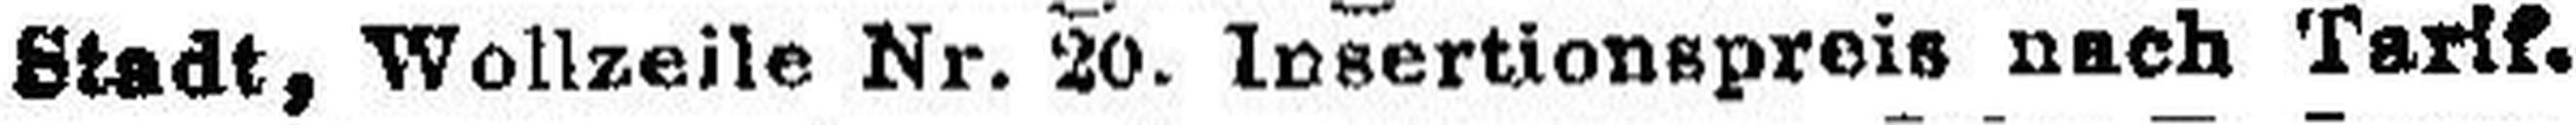
Stadt, Wollzeile Nr. 20. Insertionspreis nach Tarif,